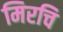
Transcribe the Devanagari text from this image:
मिरचि